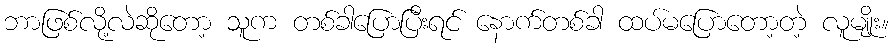
ဘာဖြစ်လို့လဲဆိုတော့ သူက တစ်ခါပြောပြီးရင် နောက်တစ်ခါ ထပ်မပြောတော့တဲ့ လူမျိုး။